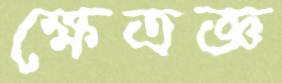
ক্ষেত্রজ্ঞ